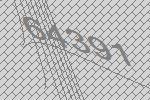
64391